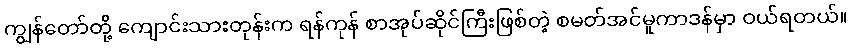
ကျွန်တော်တို့ ကျောင်းသားတုန်းက ရန်ကုန် စာအုပ်ဆိုင်ကြီးဖြစ်တဲ့ စမတ်အင်မူကာဒန်မှာ ဝယ်ရတယ်။